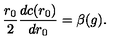
\frac { r _ { 0 } } { 2 } \frac { d c ( r _ { 0 } ) } { d { r _ { 0 } } } = \beta ( g ) .